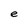
Character: e